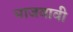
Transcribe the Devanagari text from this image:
माजवावी